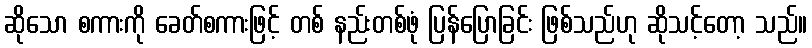
ဆိုသော စကားကို ခေတ်စကားဖြင့် တစ် နည်းတစ်ဖုံ ပြန်ပြောခြင်း ဖြစ်သည်ဟု ဆိုသင့်တော့ သည်။